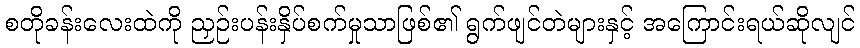
စတိုခန်းလေးထဲကို ညှဉ်းပန်းနှိပ်စက်မှုသာဖြစ်၏ ရွက်ဖျင်တဲများနှင့် အကြောင်းရယ်ဆိုလျင်